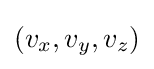
(v_{x},v_{y},v_{z})